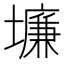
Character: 𱘉